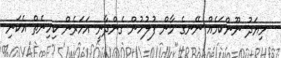
މިޔަދު ނޫންކަމެއް ނޭނގެ މާން ފުލުހުން ގެންދާނީ އަހަރެން ކިހިނެތް އެކަނި